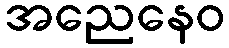
အညေနေဝ